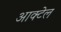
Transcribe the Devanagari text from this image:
आक्टेल